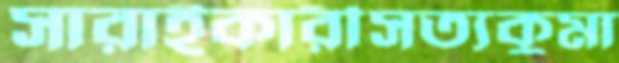
সারাইকারীসত্যকুমা